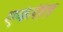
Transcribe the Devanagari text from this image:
एकेरीत